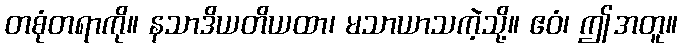
တစုံတရာကို။ နသာဒိယတိယထာ၊ မသာယာသကဲ့သို့။ ဧဝံ၊ ဤအတူ။